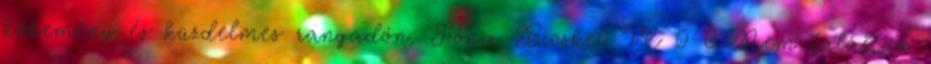
kőkemény és küzdelmes rangadón: Főnix-Bicskei TC 0-0 Nem találtak